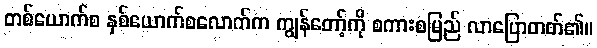
တစ်ယောက်စ နှစ်ယောက်စလောက်က ကျွန်တော့်ကို စကားစမြည် လာပြောတတ်၏။